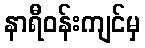
နာရီဝန်းကျင်မှ